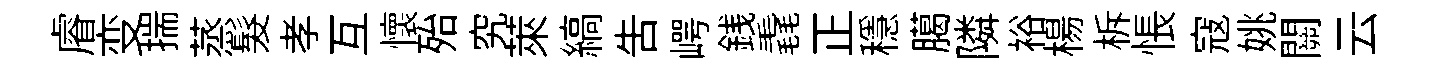
𥈠变揣蒸髮孝互懷殆究萊縞吿崿銭毳正穩臈隣裕楊柝悵寇姚關云